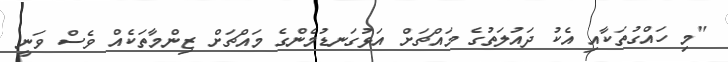
"މި ހައްގުތަކާއި އެކު ދައުލަތުގެ މައްޗަށް އަޅުގަނޑުމެންގެ މައްޗަށް ޒިންމާތަކެއް ވެސް ވަނީ